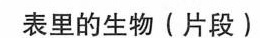
表里的生物(片段)